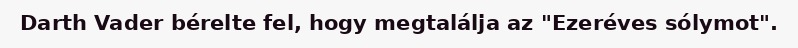
Darth Vader bérelte fel, hogy megtalálja az "Ezeréves sólymot".